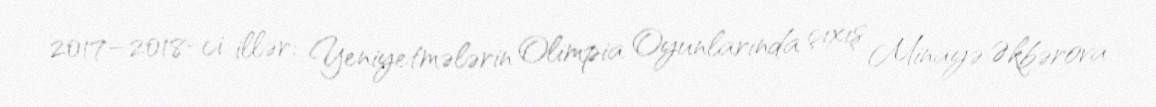
2017–2018-ci illər: Yeniyetmələrin Olimpia Oyunlarında çıxış Minayə Əkbərova